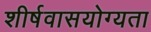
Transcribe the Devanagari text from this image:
शीर्षवासयोग्यता